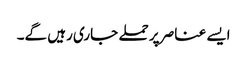
ایسے عناصر پر حملے جاری رہیں گے۔